Medical and sanitary report of the native army of Bengal for the year
Year: 1874
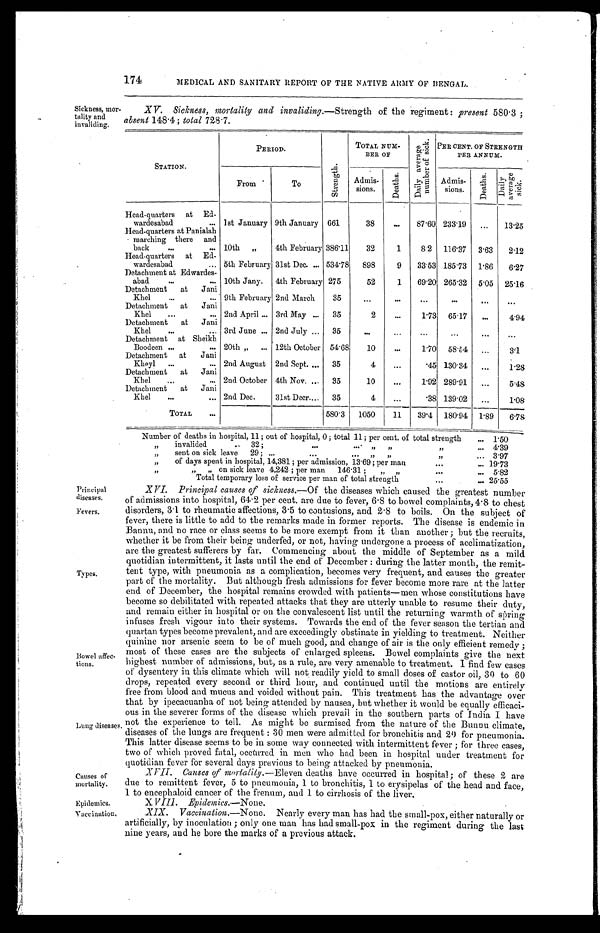
Causes of
mortality.
Epidemics.
Vaccination,
174
MEDICAL AND SANITARY REPORT OF THE NATIVE ARMY OF BENGAL. .
Sickness, mor
tality and
invaliding.
XV. Sickness, mortality and invaliding.—Strength of the regiment : present 580'3 ;
absent 148 . 44; total 728.7.
STATION.
PERIOD.
.-7-1
1:4
el,
..;_ -. ,
In
TOTAL NUM-
BEE or
, .*
a) R..)
!=' , E 74"
0.,
0
,'
. - 9,
t-, g
';:::: 7-.-'
P '
r, PER CENT. OF STRENGTH
PER ANNUM.
From .
To
.
.
Admis-
sions.
t i/
7-'2
4
Admis-
sions.
,
—
5
4
-
<1.)
:- .-., be
— ,-;. , ..:
e ,
E?' .2
:- .'
Head-quarters
at
Ed-
wardesabad
... 1st January 9th January 661
38
...
87-60 233'19
...
13-25
Head-quarters at Panialah
- marching there
and
back
...
... 10th
„
.
4th February 386'11
32
1
8.2
116'37
3'63
2'12
Head-quarters
at
Ed-
wardesabad
... 5th February 31st Dec. ... 534'78
898
9
33'53 185'73
1 . 86
6'27
Detachment at Edwardes-
abad
...
... 10th Jany.
4th February 275
52
1
69'20 265'32
5'05
25'16
Detachment
at
Jani
Khel
...
... 9th February 2nd March
3
"
. . .
0..
.00
Of .
...
Detachment
at
Jani
Khel
...
... 2nd April ... 3rd May ...
35
2
...
1'73
65.17
...
4'94
Detachment
at
Jani
Khel
...
... 3rd June ... 2nd July ...
35
. . .
...
...
...
...
Detachment
at Sheikh
Boodeen ...
... 20th „
... 12th October
54'68
10
...
1'70
58 . 64
...
.
. .
3'1
Detachment
at
Jani
Kheyl
...
... 2nd August 2nd Sept. ...
35
4
...
'45 130'34
...
.
1'28
Detachment
at
Jani
Khel
...
... 2nd October 4th Nov. ...
35
10
...
1'92 289'91
...
5.4g
Detachment
at
Jani
Khel
...
.., 2nd Dec.
31st Deer—.
35
4
...
-38 139'02
...
1-08
TOTAL
...
580'3
1050
—
1.1
—
39'4
180'04
---
1'89
6.78
Number of deaths in hospital, 11; out of hospital, 0 ; total 11; per cent. of total strength
... 1'50
„
invalided
..
32 ;
...
.-.
11
13
...
4'39
„
sent on sick leave
29 ; ...
...
J1
11
1
...
3'97
„
of days spent in hospital, 14,381; per admission, 13'69 ; per man
...
... 19'73
11
„
„
on sick leave 4,242 ; per man
146-31 ;
„
,
. . .
... 5'82
Total temporary loss of service per man of total strength'
...
... 25-55
Principal
diseases.
Fevers,
Types.
Bowel affec-
tions.
Lung diseases
X VI. Principal causes of sickness.,--Of the diseases which caused the greatest number
of admissions into hospital, 64e2 per cent. are due to fever, 6 . 8 to bowel complaints, 4 . 8 to chest
disorders, 3 . 1 to rheumatic affections, 3 . 5 to contusions, and 2 . 8 to boils. On the subject of
fever, there is little to add to the remarks made in former reports. The disease is endemic in
Bannu, and no race or class seems to be more exempt from it than another ; but the recruits,
whether it be from their being underfed, or not, having undergone a process of acclimatization,
are the greatest sufferers by far. Commencing about the middle of September as a mild
quotidian intermittent, it lasts until the end of December : during the latter month, the remit-
tent type, with pneumonia as a complication, becomes very frequent, and causes the greater
part of the mortality. But although fresh admissions for fever become more rare at the latter
end of December, the hospital remains crowded with patients—men whose constitutions have
become so debilitated with repeated attacks that they are utterly unable to resume their duty,
and remain either in hospital or on the convalescent list until the returning warmth of spring
infuses fresh vigour into their systems. Towards the end of the fever season the tertian and
quartan types become prevalent, and are exceedingly obstinate in yielding to treatment. Neither
quinine nor arsenic seem to be of much good, and change of air is the only efficient remedy ;
most of these cases are the subjects of enlarged spleens. Bowel complaints give the next
highest number of admissions, but, as a rule, are very amenable to treatment. I find few cases
of dysentery in this climate which will not, readily yield to small doses of castor oil, 30 to 60
drops, repeated every second or third hour, and continued until the motions are entirely
free from blood and mucus and voided without pain. This treatment has the advantage over
that by ipecacuanha of not being attended by nausea, but whether it would be equally efficaci-
ous in the severer forms of the disease which prevail in the southern parts of India I have
not the experience to tell. As might be surmised from the nature of the Bunnu climate,
diseases of the lungs are frequent : :30 men were admitted for bronchitis and 20 for pneumonia.
This latter disease seems to be in some way connected with intermittent fever ; for three cases,
two of which proved fatal, occurred in men who had been in hospital under treatment for
quotidian fever for several days previous to being‘ attacked by pneumonia.
X[11-. Causes of wirtality.—Eleven deaths have occurred in hospital; of these 2 are
due to remittent fever, 5 to pneumonia, 1 to bronchitis, 1 to erysipelas of the head and face,
1 to encenhaloid cancer of the frenum, and 1 to cirrhosis of the liver.
X VIII. Epidemics.—None.
XIX. Vaccination.—None. Nearly every man has had the small-pox, either naturally or
artificially, by inoculation ; only one man has had small-pox in the regiment during the last
nine years, and he bore the marks of a previous attack.